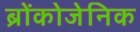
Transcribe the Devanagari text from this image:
ब्रोंकोजेनिक